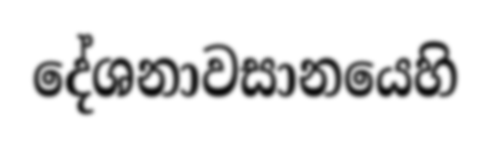
දේශනාවසානයෙහි